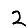
Digit: 2